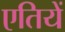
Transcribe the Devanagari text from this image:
एतियें